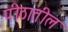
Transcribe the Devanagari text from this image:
पीठातील